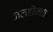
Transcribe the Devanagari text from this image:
जलहीनता